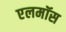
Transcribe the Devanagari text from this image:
एलमॉस